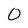
Character: 0